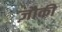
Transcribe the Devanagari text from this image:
ज़ौकी